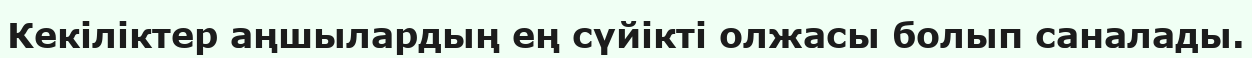
Кекіліктер аңшылардың ең сүйікті олжасы болып саналады.